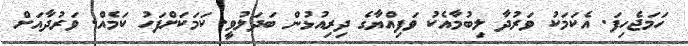
ހަމަޖެހިފަ. އެކަމަކު ވަރުދާ ލިބުމާއެކު ވަފިއްޔާގެ ދިރިއުޅުން ބަދަލުވީ. ކަމަކަށްފަހު ކަމެއް. ވަރުދާއަށް